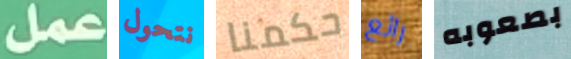
عمل نتحول حكمنا رائع بصعوبه